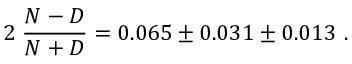
2 \; \frac { N - D } { N + D } = 0 . 0 6 5 \pm 0 . 0 3 1 \pm 0 . 0 1 3 \ .